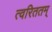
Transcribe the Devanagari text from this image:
त्वरिततम्